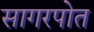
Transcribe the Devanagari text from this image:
सागरपोत